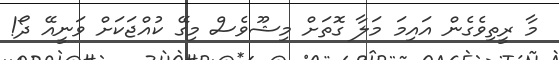
މާ ރީތިވެގެން އައިމަ މަލާ ގޮތަށް މިޝޫވެސް މިގޭ ކުއްޖަކަށް ވަނީއޭ ދޯ!